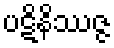
ပဋိနိဿဇ္ဇ